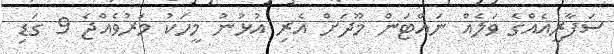
ސަފާރީއެއްގެ ވަލެއް ނައްޓަން މޫދަށް އެރި އުޅުނު މީހަކު މަރުވެއްޖެ 9 ގަޑި